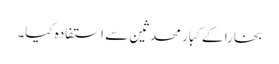
بخارا کے کبار محدثین سے استفادہ کیا۔